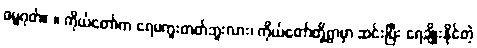
ဓမ္မဂုတ်။ ။ ကိုယ်တော်က ရေမကူးတတ်ဘူးလား၊ ကိုယ်တော်တို့ရွာမှာ ဆင်းပြီး ရေချိုးနိုင်တဲ့